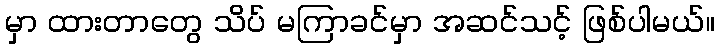
မှာ ထားတာတွေ သိပ် မကြာခင်မှာ အဆင်သင့် ဖြစ်ပါမယ်။